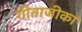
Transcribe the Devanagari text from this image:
गीताजीका